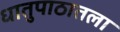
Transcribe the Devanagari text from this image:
धातुपाठातला